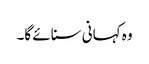
وہ کہانی سنائے گا۔